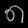
Digit: ၈